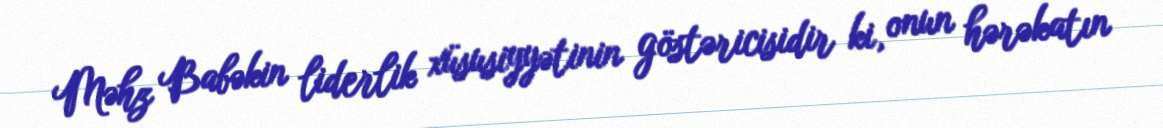
Məhz Babəkin liderlik xüsusiyyətinin göstəricisidir ki, onun hərəkatın